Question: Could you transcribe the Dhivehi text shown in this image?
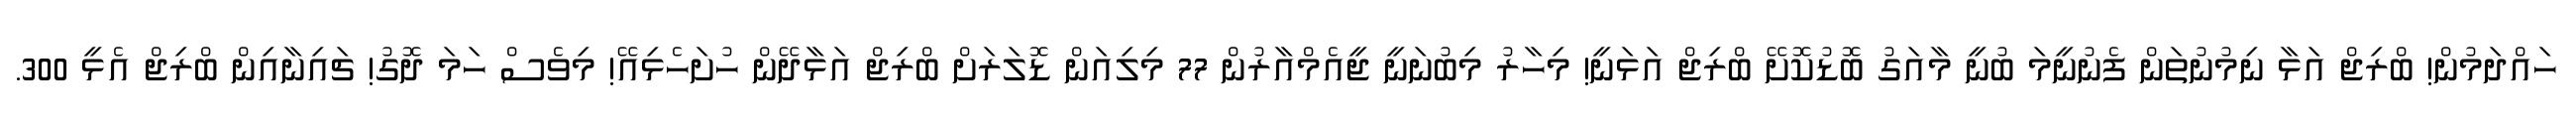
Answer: ހައްދަމުން! ބްރިޖް އަޅާ ނިމުނުތަން ފެނުނީމަ ބުނީ މާއަގު ބޮޑުކޮށޭ ބްރިޖް އަޅަނީ! މިހާރު މިބުނަނީ ޖީއެމްއާރުން 77 މިލިއަން ޑޮލަރަށް ބްރިޖް އަޅާދޭން ހުށަހެޅިއޭ! މިވެސް ހަމަ ދޮގު! ޗައިނާއިން ބްރިޖް އެޅީ 300.